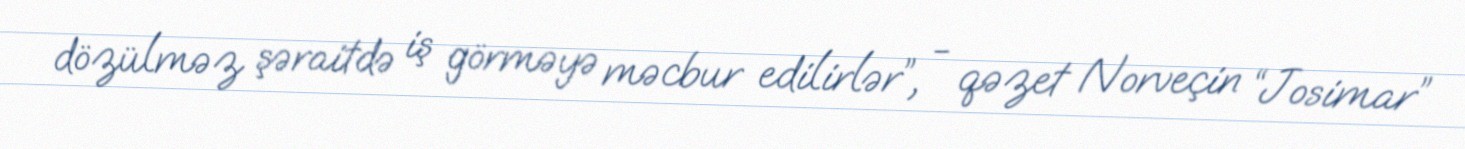
dözülməz şəraitdə iş görməyə məcbur edilirlər”, - qəzet Norveçin “Josimar”